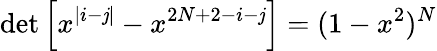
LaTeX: \operatorname*{det}\left[x^{|i-\mathit{j}|}-x^{2N+2-i-\mathit{j}}\right]=(1-x^{2})^{N}